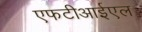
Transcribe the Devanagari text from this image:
एफटीआईएल